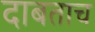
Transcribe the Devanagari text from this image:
दाबताच